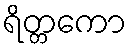
ရိတ္တကော